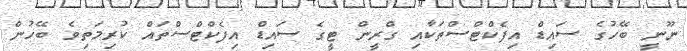
ނޫނީ ބޭހުގެ ސައިޑް އިފެކްޓްސްތަކާއި ގްރީން ޓީގެ ސައިޑް އިފެކްޓްސްތައް ކުރިމަތިވެ ބޭހުން